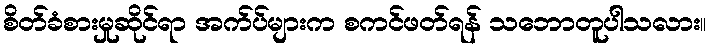
စိတ်ခံစားမှုဆိုင်ရာ အက်ပ်များက စကင်ဖတ်ရန် သဘောတူပါသလား။